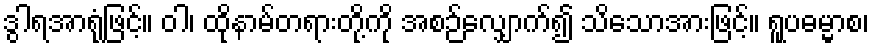
ဒွါရအာရုံဖြင့်။ ဝါ၊ ထိုနာမ်တရားတို့ကို အစဉ်လျှောက်၍ သိသောအားဖြင့်။ ရူပဓမ္မာစ၊